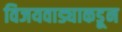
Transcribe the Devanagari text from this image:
विजयवाड्याकडून